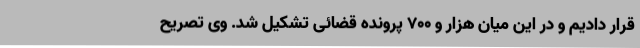
قرار دادیم و در این میان هزار و 700 پرونده قضائی تشکیل شد. وی تصریح